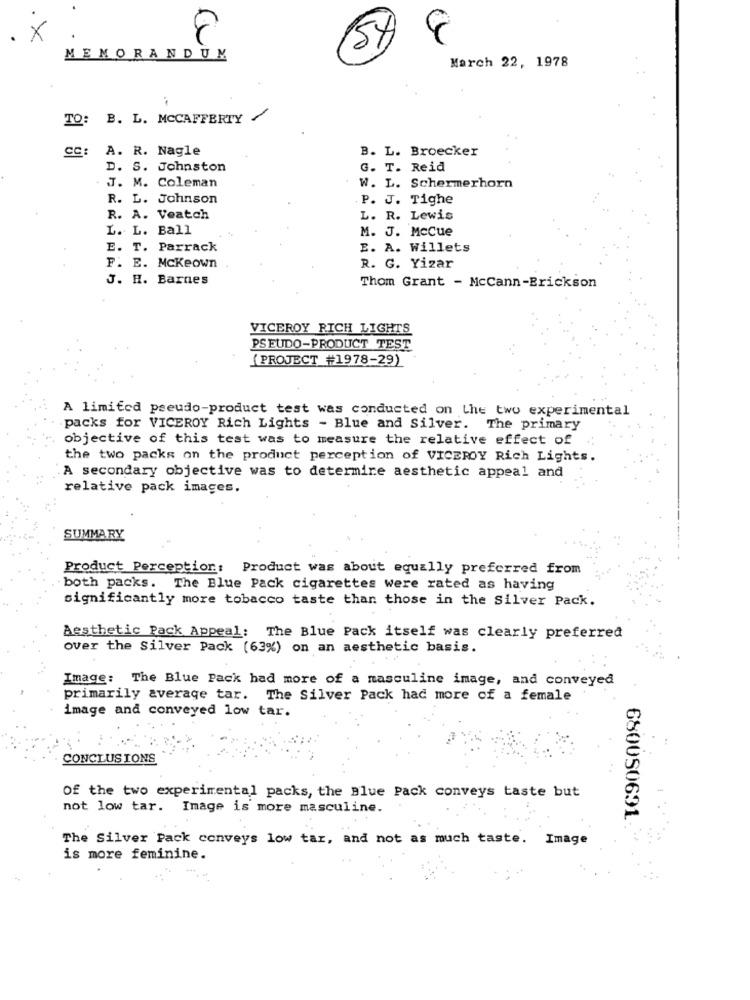
X
8
8
MEMORANDUM
March 22, 1978
TO:
B. L. MCCAFFERTY
CC:
A. R. Nagle
B. L. Broecker
D. S. Johnston
G. T. Reid
. J. M. Coleman
W. L. Schermerhorn
R. L. Johnson
P. J. Tighe
R. A. Veatch
L. R. Lewis
L. L. Ball
M. J. MCCue
E. T. Parrack
E. A. Willets
F. E. Mckeown
R. G. Yizar
J. H. Barnes
Thom Grant - McCann-Erickson
VICEROY RICH LIGHTS
PSEUDO-PRODUCT TEST
(PROJECT _#1978-29)
A limited pseudo-product test was conducted on the two experimental
packs for VICEROY Rich Lights - Blue and Silver. The primary
objective of this test was to measure the relative effect of
the two packs on the product perception of VICEROY Rich Lights.
A secondary objective was to determine aesthetic appeal and
relative pack images.
SUMMARY
Product Perception: Product was about equally preferred from
both packs. The Blue Pack cigarettes were rated as having
significantly more tobacco taste than those in the Silver Pack.
Aesthetic Pack Appeal: The Blue Pack itself was clearly preferred
over the Silver Pack (63%) on an aesthetic basis.
Image: The Blue Pack had more of a masculine image, and conveyed
primarily average tar. The Silver Pack had more of a female
image and conveyed low tar.
CONCLUSIONS
Of the two experimental packs, the Blue Pack conveys taste but
not low tar. Image is more masculine.
6800S0691
The Silver Pack conveys low tar, and not as much taste. Image
is more feminine.